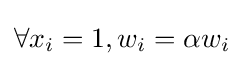
\forall x_{i}=1,w_{i}=\alpha w_{i}